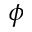
\phi